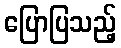
ပြောပြသည့်